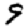
Digit: 9